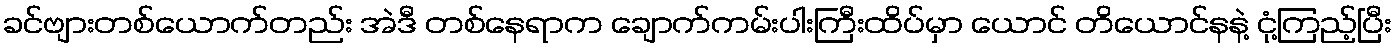
ခင်ဗျားတစ်ယောက်တည်း အဲဒီ တစ်နေရာက ချောက်ကမ်းပါးကြီးထိပ်မှာ ယောင် တိယောင်နနဲ့ ငုံ့ကြည့်ပြီး